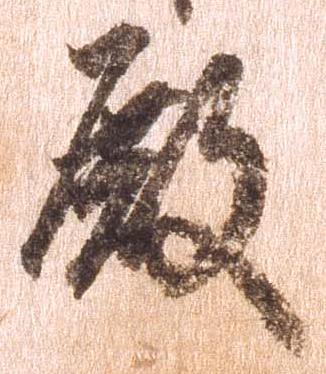
殿